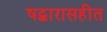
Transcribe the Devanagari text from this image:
षट्कारासहीत